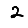
Digit: 2